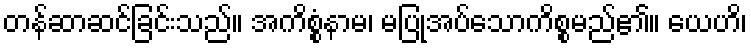
တန်ဆာဆင်ခြင်းသည်။ အကိစ္စံနာမ၊ မပြုအပ်သောကိစ္စမည်၏။ ယေဟိ၊